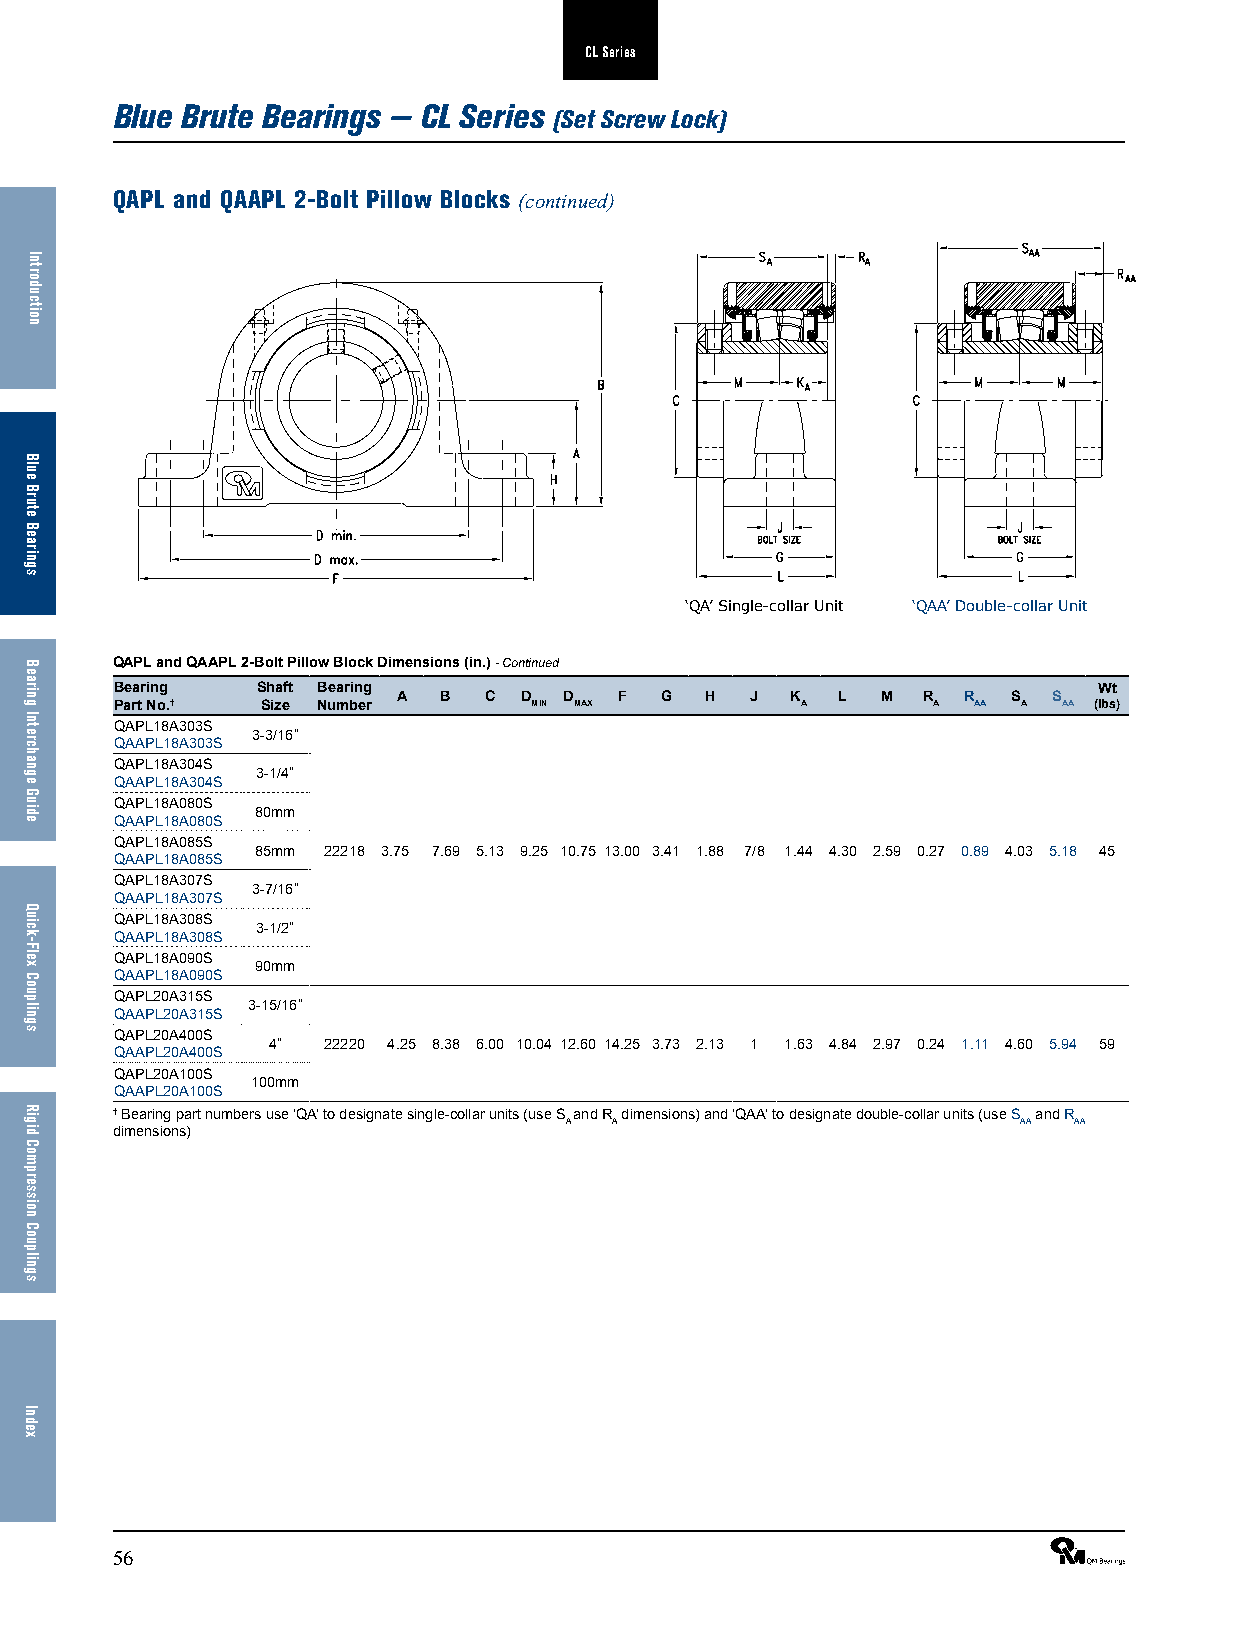
CL Series
 Blue Brute Bearings — CL Series
 (Set Screw Lock)
 QAPL and QAAPL 2-Bolt Pillow Blocks (continued)
 ‘QA’ Single-collar Unit ‘QAA’ Double-collar Unit
 QAPL and QAAPL 2-Bolt Pillow Block Dimensions (in.) - Continued
 Bearing  Shaft Bearing                                           Wt
 A  B  C D  D   F  G  H  J K  L  M  R  R  S  S
 Part No.† Size Number      MIN MAX           A        A AA  A AA (lbs)
 QAPL18A303S
 3-3/16”
 QAAPL18A303S
 QAPL18A304S
 3-1/4”
 QAAPL18A304S
 QAPL18A080S
 80mm
 QAAPL18A080S
 QAPL18A085S
 85mm 22218 3.75 7.69 5.13 9.25 10.75 13.00 3.41 1.88 7/8 1.44 4.30 2.59 0.27 0.89 4.03 5.18 45
 QAAPL18A085S
 QAPL18A307S
 3-7/16”
 QAAPL18A307S
 QAPL18A308S
 3-1/2”
 QAAPL18A308S
 QAPL18A090S
 90mm
 QAAPL18A090S
 QAPL20A315S
 3-15/16”
 QAAPL20A315S
 QAPL20A400S
 4” 22220 4.25 8.38 6.00 10.04 12.60 14.25 3.73 2.13 1 1.63 4.84 2.97 0.24 1.11 4.60 5.94 59
 QAAPL20A400S
 QAPL20A100S
 100mm
 QAAPL20A100S
 † Bearing part numbers use ‘QA’ to designate single-collar units (use S and R dimensions) and ‘QAA’ to designate double-collar units (use S and R
 A   A                          AA AA
 dimensions)
 56                                                              ®
 Introduction
 Blue
 Brute
 Bearings
 Bearing
 Interchange
 Guide
 Quick-Flex
 Couplings
 Rigid
 Compression
 Couplings
 Index